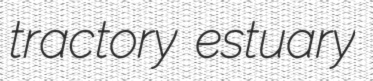
tractory estuary